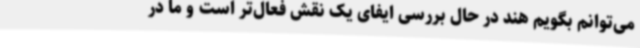
می‌توانم بگویم هند در حال بررسی ایفای یک نقش فعال‌تر است و ما در